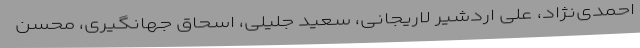
احمدی‌نژاد، علی اردشیر لاریجانی، سعید جلیلی، اسحاق جهانگیری، محسن